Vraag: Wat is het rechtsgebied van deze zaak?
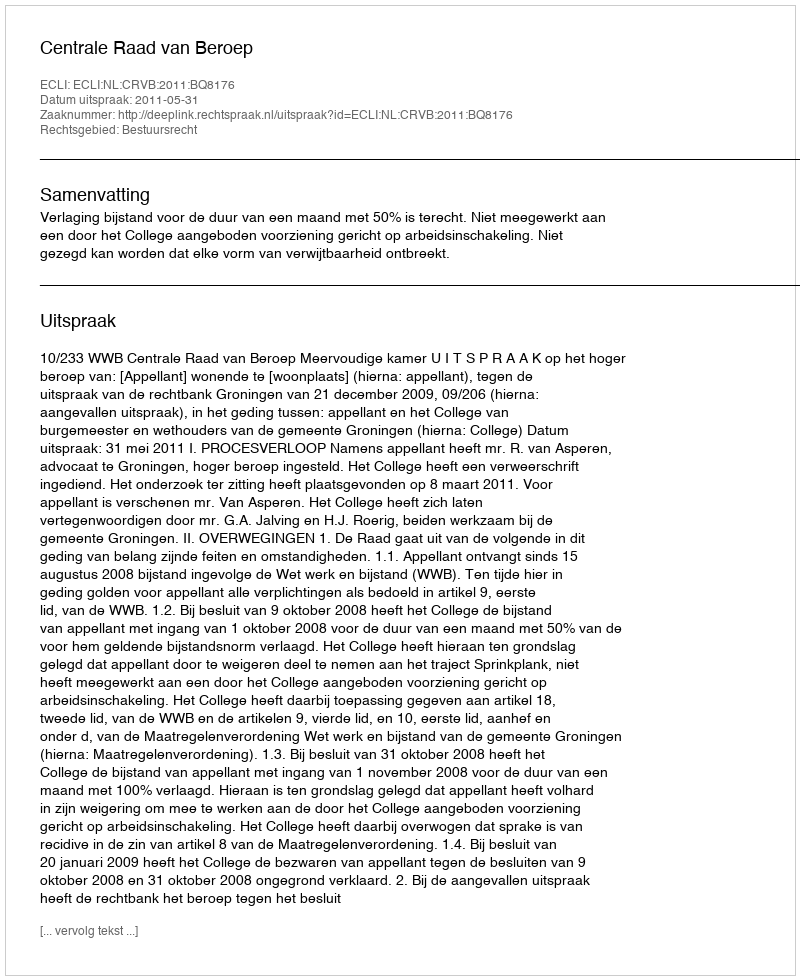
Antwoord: Bestuursrecht